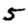
Digit: 5